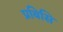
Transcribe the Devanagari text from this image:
प्रबिसि